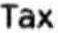
TAX